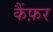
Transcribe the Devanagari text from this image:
कैंफ़र